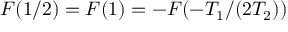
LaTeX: F ( 1 / 2 ) = F ( 1 ) = - F ( - T _ { 1 } / ( 2 T _ { 2 } ) )